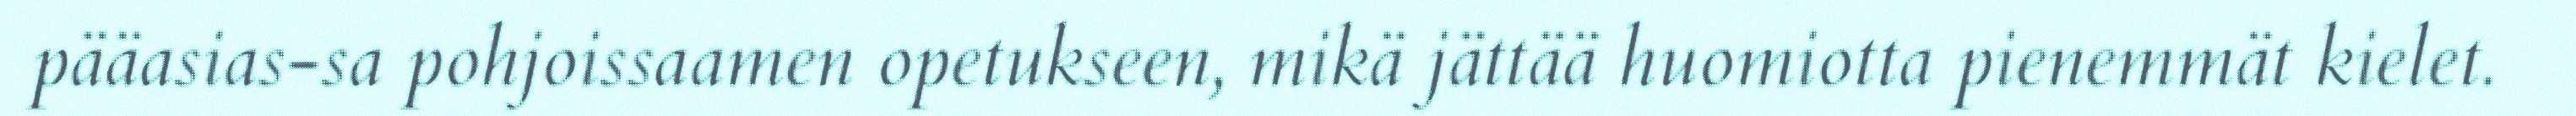
pääasias-sa pohjoissaamen opetukseen, mikä jättää huomiotta pienemmät kielet.